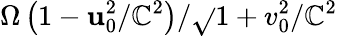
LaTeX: \Omega\left(1-\mathbf{u}_{0}^{2}/\mathbb{{C}}^{2}\right)/\sqrt{}{{1+v_{0}^{2}/\mathbb{{C}}^{2}}}